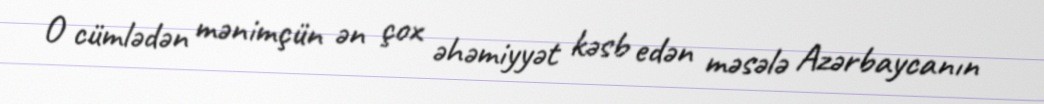
O cümlədən mənimçün ən çox əhəmiyyət kəsb edən məsələ Azərbaycanın